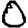
Digit: 0